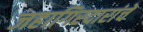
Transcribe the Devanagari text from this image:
जहागिरदारांचे